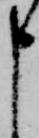
申